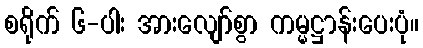
စရိုက် ၆-ပါး အားလျော်စွာ ကမ္မဋ္ဌာန်းပေးပုံ။